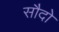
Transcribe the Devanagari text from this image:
सौदो